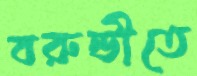
বরুন্ডীতে